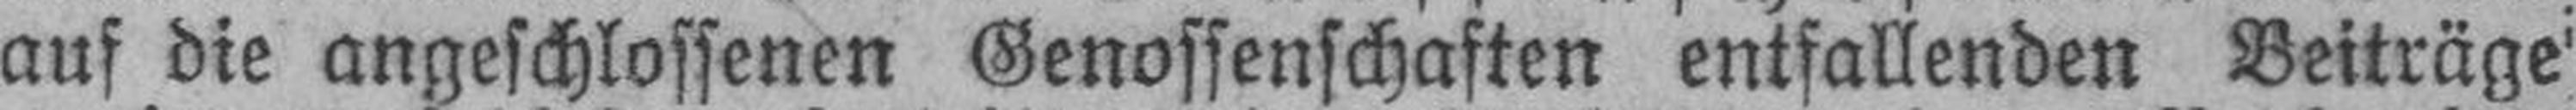
auf die angeschlossenen Genossenschaften entfallenden Beiträge